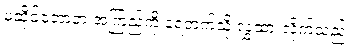
မဆိုင်တော့ဘဲ အကြည့်ကို နံရံဘက်သို့ လွှဲထားလိုက်သည်။